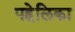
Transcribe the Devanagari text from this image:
पहेलिका